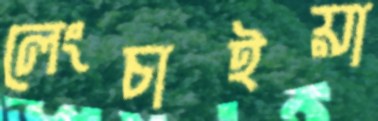
লেংচাইয়া